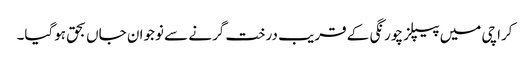
کراچی میں پیپلز چورنگی کے قریب درخت گرنے سے نوجوان جاں بحق ہوگیا۔